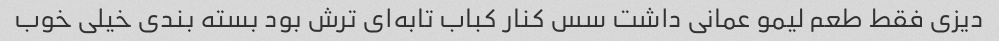
دیزی فقط طعم لیمو عمانی داشت سس کنار کباب تابه‌ای ترش بود بسته بندی خیلی خوب